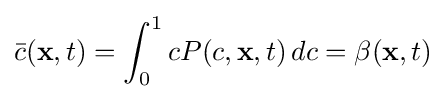
{\bar {c}}(\mathbf {x} ,t)=\int _{0}^{1}cP(c,\mathbf {x} ,t)\,dc=\beta (\mathbf {x} ,t)